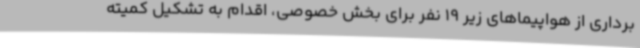
برداری از هواپیماهای زیر 19 نفر برای بخش خصوصی، اقدام به تشکیل کمیته